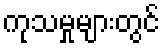
ကုသမှုများတွင်